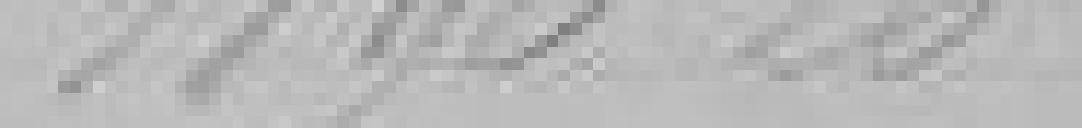
1890 26